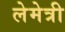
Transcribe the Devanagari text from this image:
लेमेत्री